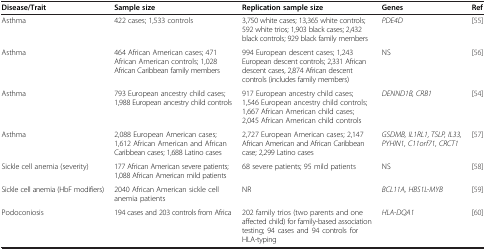
| Disease/Trait | Sample size | Replication sample size | Genes | Ref |
 | --- | --- | --- | --- | --- |
 | Asthma | 422 cases; 1,533 controls | 3,750 white cases; 13,365 white controls; 592 white trios; 1,903 black cases; 2,432 black controls; 929 black family members | PDE4D | [55] |
 | Asthma | 464 African American cases; 471 African American controls; 1,028 African Caribbean family members | 994 European descent cases; 1,243 European descent controls; 2,331 African descent cases, 2,874 African descent controls (includes family members) | NS | [56] |
 | Asthma | 793 European ancestry child cases; 1,988 European ancestry child controls | 917 European ancestry child cases; 1,546 European ancestry child controls; 1,667 African American child cases; 2,045 African American child controls | DENND1B, CRB1 | [54] |
 | Asthma | 2,088 European American cases; 1,612 African American and African Caribbean cases; 1,688 Latino cases | 2,727 European American cases; 2,147 African American and African Caribbean case; 2,299 Latino cases | GSDMB, IL1RL1, TSLP, IL33, PYHIN1, C11orf71, CRCT1 | [57] |
 | Sickle cell anemia (severity) | 177 African American severe patients; 1,088 African American mild patients | 68 severe patients; 95 mild patients | NS | [58] |
 | Sickle cell anemia (HbF modifiers) | 2040 African American sickle cell anemia patients | NR | BCL11A, HBS1L-MYB | [59] |
 | Podoconiosis | 194 cases and 203 controls from Africa | 202 family trios (two parents and one affected child) for family-based association testing; 94 cases and 94 controls for HLA-typing | HLA-DQA1 | [60] |